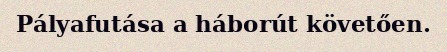
Pályafutása a háborút követően.